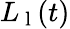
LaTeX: L_{\mathrm{~l~}}(t)